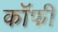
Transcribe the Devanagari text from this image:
कॉॅफी